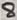
Text: 8